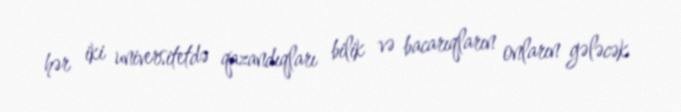
hər iki universitetdə qazandıqları bilik və bacarıqların onların gələcək